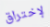
لإختراق